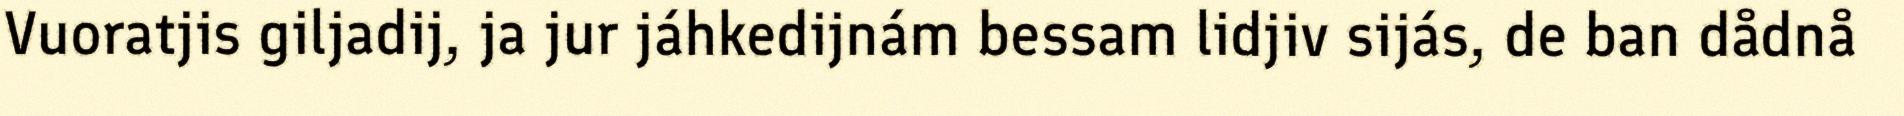
Vuoratjis giljadij, ja jur jáhkedijnám bessam lidjiv sijás, de ban dådnå